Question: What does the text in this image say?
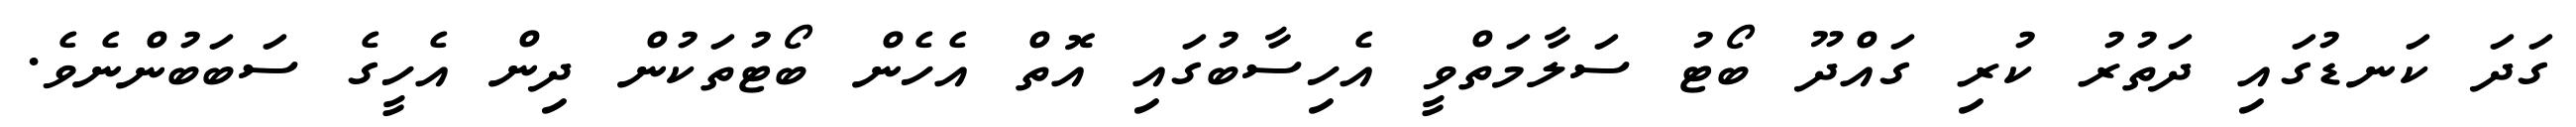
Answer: ގަދަ ކަނޑުގައި ދަތުރު ކުރި ގައްދޫ ބޯޓު ސަލާމަތްވީ އެހިސާބުގައި އޮތް އެހެން ބޯޓުތަކުން ދިން އެހީގެ ސަބަބުންނެވެ.